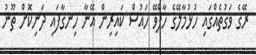
ރޭގެ ވަގުތެއްގައި ހުޅުމާލޭގެ ހާފްވޭ ހައުސް ކައިރިން އޭނާ ހިނގާފައި ދަނިކޮށް ތޫނު